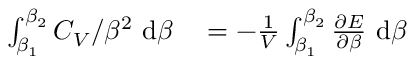
\begin{array} { r l } { \int _ { \beta _ { 1 } } ^ { \beta _ { 2 } } C _ { V } / \beta ^ { 2 } ~ \mathrm d \beta } & { { } = - \frac 1 V \int _ { \beta _ { 1 } } ^ { \beta _ { 2 } } \frac { \partial E } { \partial \beta } ~ \mathrm d \beta } \end{array}